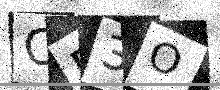
Text: CF3O